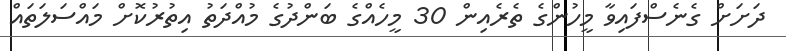
ދަށަށް ގެނެސްފައިވާ މީހުންގެ ތެރެއިން 30 މީހެއްގެ ބަންދުގެ މުއްދަތު އިތުރުކޮށް މައްސަލަތައް